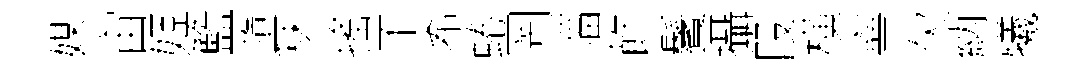
媒宙姬籃墮秣搖不希蜷罔淄飾鬢攝叚橫寧欠納犧